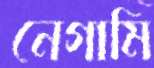
নেগামি